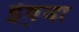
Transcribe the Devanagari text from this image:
ईष़वा